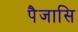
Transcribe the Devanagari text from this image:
पैजासि